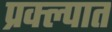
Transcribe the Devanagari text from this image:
प्रक्ल्पात